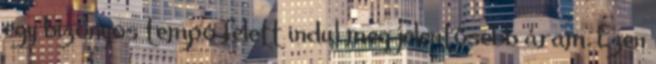
egy bizonyos tempó felett indul meg jelentõsebb áram. Ezen